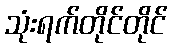
သုံးရက်တိုင်တိုင်